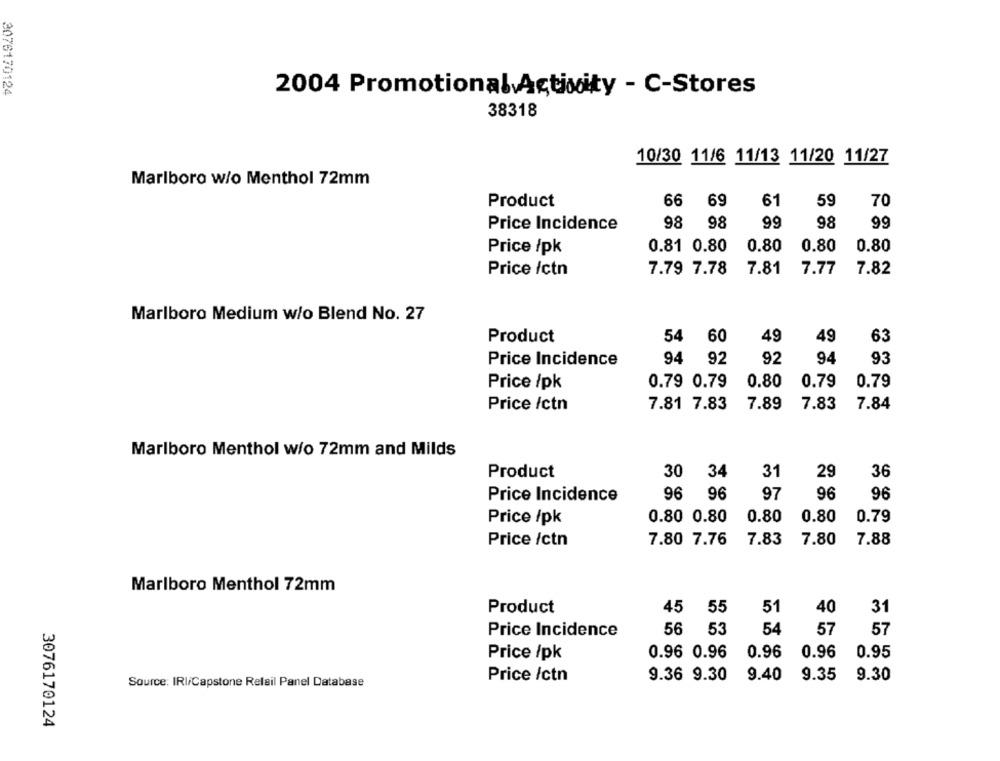
2076170124
2004 Promotional Activity - C-Stores
38318
10/30 11/6 11/13 11/20 11/27
Marlboro w/o Menthol 72mm
Product
66 69
61
59
70
Price Incidence
98
98
99
98
99
Price /pk
0.81 0.80
0.80
0.80
0.80
Price /ctn
7.79 7.78
7.81
7.77
7.82
Marlboro Medium w/o Blend No. 27
Product
54
60
49
49
63
93
Price Incidence
94
92
92
94
Price /pk
0.79 0.79
0.80
0.79
0.79
Price /ctn
7.81 7.83
7.89
7.83
7.84
Marlboro Menthol w/o 72mm and Milds
30
34
31
Product
29
36
96
96
97
96
96
Price Incidence
0.80
0.80
0.79
Price /pk
0.80 0.80
7.80 7.76
7.83
7.80
7.88
Price /ctn
Marlboro Menthol 72mm
Product
45
55
51
40
31
56 53
54
57
57
Price Incidence
Price /pk
0.96 0.96
0.96
0.96
0.95
Price /ctn
9.36 9.30
9.40
9.35
9.30
Source: IRI/Capstone Relail Panel Database
3076170124